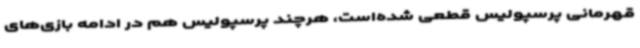
قهرمانی پرسپولیس قطعی شده‌است، هرچند پرسپولیس هم در ادامه بازی‌های